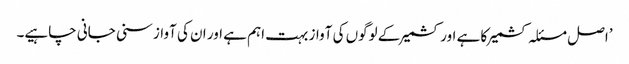
’اصل مسئلہ کشمیر کا ہے اور کشمیر کے لوگوں کی آواز بہت اہم ہے اور ان کی آواز سنی جانی چاہیے۔